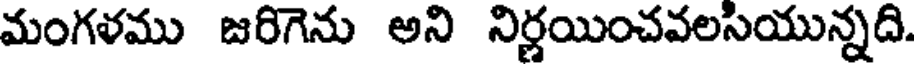
మంగళము జరిగెను అని నిర్ణయించవలసియున్నది.